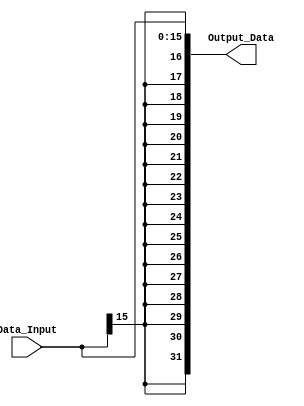
`timescale 1ns / 1ps
//////////////////////////////////////////////////////////////////////////////////
// Company: 
// Engineer: 
// 
// Design Name: 
// Module Name: sign_extend
// Project Name: 
// Target Devices: 
// Tool Versions: 
// Description: 
// 
// Dependencies: 
// 
// Revision:
// Revision 0.01 - File Created
// Additional Comments:
// 
//////////////////////////////////////////////////////////////////////////////////


module sign_extend(input [15:0] Data_Input, output wire [31:0] Output_Data);

    assign Output_Data = { {16{Data_Input[15]}} , Data_Input};

endmodule